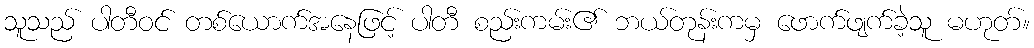
သူသည် ပါတီဝင် တစ်ယောက်အနေဖြင့် ပါတီ စည်းကမ်း၏ ဘယ်တုန်းကမှ ဖောက်ဖျက်ခဲ့သူ မဟုတ်။